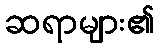
ဆရာများ၏